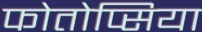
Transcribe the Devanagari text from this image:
फोतोप्सिया